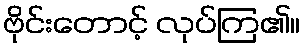
ဗိုင်းတောင့် လုပ်ကြ၏။